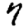
Digit: 7